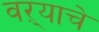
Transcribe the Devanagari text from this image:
वऱ्याचे